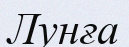
Лунға